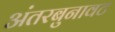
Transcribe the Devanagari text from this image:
अंतरबुनावट